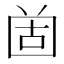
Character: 𡇤